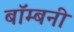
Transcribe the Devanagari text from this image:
बॉम्बनी